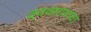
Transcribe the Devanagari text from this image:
व्यवसायांचा